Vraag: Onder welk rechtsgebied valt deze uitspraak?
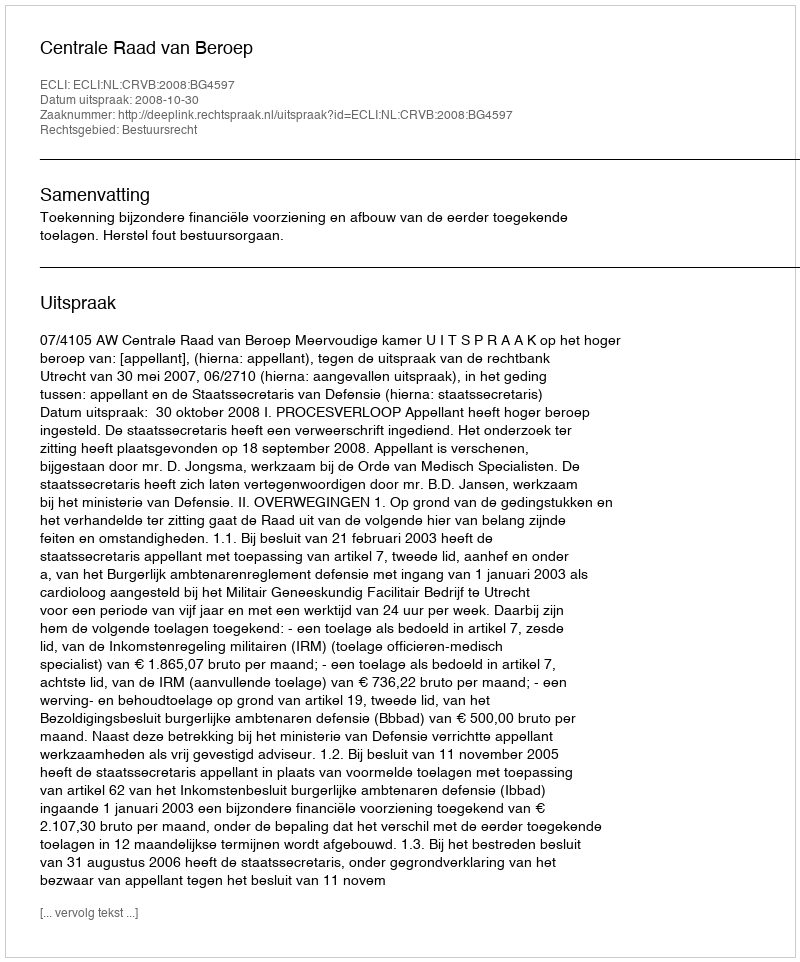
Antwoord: Bestuursrecht